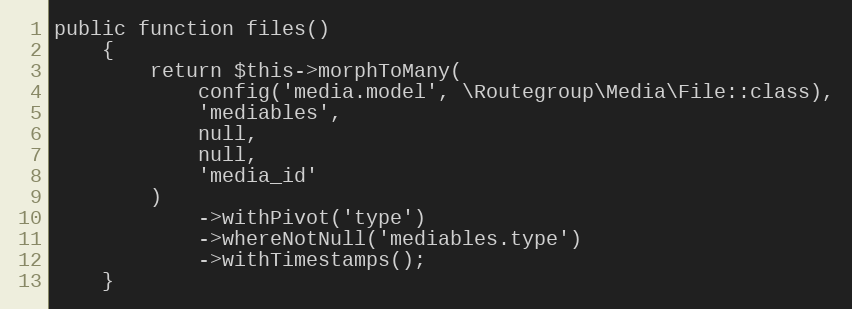
Language: PHP
public function files()
    {
        return $this->morphToMany(
            config('media.model', \Routegroup\Media\File::class),
            'mediables',
            null,
            null,
            'media_id'
        )
            ->withPivot('type')
            ->whereNotNull('mediables.type')
            ->withTimestamps();
    }